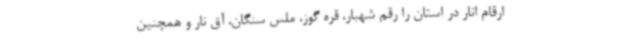
ارقام انار در استان را رقم شهبار، قره گوز، ملس سنگان، آق نار و همچنین